Report on horse surra - Volume II, Part I
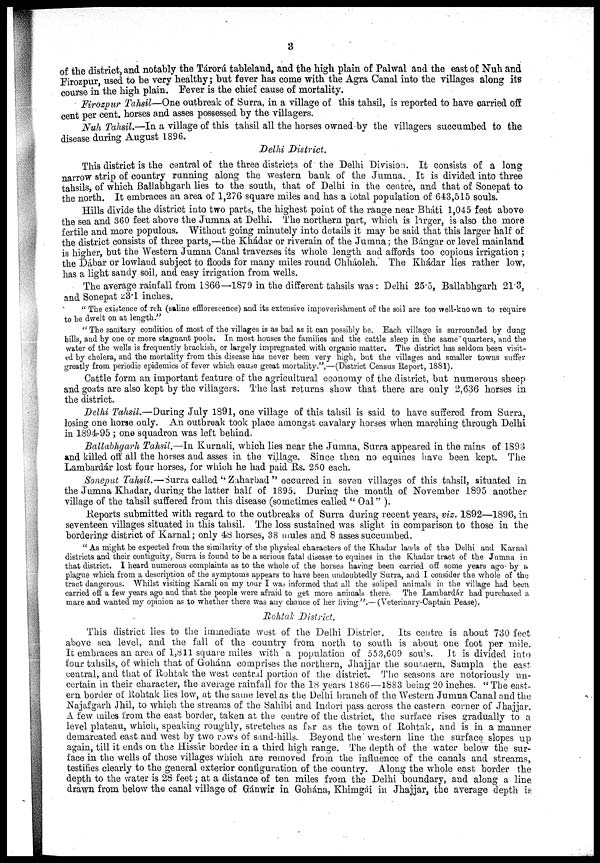
3
of the district, and notably the Tárorú tableland, and the high plain of Palwal and the east of Nuh and
Firozpur, used to be very healthy; but fever has come with the Agra Canal into the villages along its
course in the high plain. Fever is the chief cause of mortality.
Firozpur Tahsil—One outbreak of Surra, in a village of this tahsil, is reported to have carried off
cent per cent. horses and asses possessed by the villagers.
Nuh Tahsil.—In a village of this tahsil all the horses owned by the villagers succumbed to the
disease during August 1896.
Delhi District.
This district is the central of the three districts of the Delhi Division. It consists of a long
narrow strip of country running along the western bank of the Jumna. It is divided into three
tahsils, of which Ballabhgarh lies to the south, that of Delhi in the centre, and that of Sonepat to
the north. It embraces an area of 1,276 square miles and has a total population of 643,515 souls.
Hills divide the district into two parts, the highest point of the range near Bháti 1,045 feet above
the sea and 360 feet above the Jumna at Delhi. The northern part, which is larger, is also the more
fertile and more populous. Without going minutely into details it may be said that this larger half of
the district consists of three parts,—the Khádar or riverain of the Jumna; the Bángar or level mainland
is higher, but the Western Jumna Canal traverses its whole length and affords too copious irrigation ;
the Dábar or lowland subject to floods for many miles round Chháoleh." The Khádar lies rather low,
has a light sandy soil, and easy irrigation from wells.
The average rainfall from 1866—1879 in the different tahsils was : Delhi 25.5, Ballabhgarh 213,
and Sonepat 23.1 inches.
" The existence of reh (saline efflorescence) and its extensive impoverishment of the soil are too well-known to require
to be dwelt on at length."
" The sanitary condition of most of the villages is as bad as it can possibly be. Each village is surrounded by dung
hills, and by one or more stagnant pools. In most houses the families and the cattle sleep in the same quarters, and the
water of the wells is frequently brackish, or largely impregnated with organic matter. The district has seldom been visit-
ed by cholera, and the mortality from this disease has never been very high, but the villages and smaller towns suffer
greatly from periodic epidemics of fever which cause great mortality.",—(District Census Report, 1881).
Cattle form an important feature of the agricultural economy of the district, but numerous sheep
and goats are also kept by the villagers. The last returns show that there are only 2,636 horses in
the district.
Delhi Tahsil.—During July 1891, one village of this tahsil is said to have suffered from Surra,
losing one horse only. An outbreak took place amongst cavalary horses when marching through Delhi
in 1894-95 ; one squadron was left behind.
Ballabhgarh Tahsil.—In Kurnali, which lies near the Jumna, Surra appeared in the rains of 1893
and killed off all the horses and asses in the village. Since then no equines have been kept. The
Lambardár lost four horses, for which he had paid Rs. 250 each.
Soneput Tahsil.—Surra called " Zaharbad " occurred in seven villages of this tahsil, situated in
the Jumna Khadar, during the latter half of 1895. During the month of November 1895 another
village of the tahsil suffered from this disease (sometimes called " Oal" ).
Reports submitted with regard to the outbreaks of Surra during recent years, viz. 1892—1896, in
seventeen villages situated in this tahsil. The loss sustained was slight in comparison to those in the
bordering district of Karnal ; only 48 horses, 38 mules and 8 asses succumbed.
" As might be expected from the similarity of the physical characters of: the Khadar lands of the Delhi and Karnal
districts and their contiguity, Surra is found to be a serious fatal disease to equines in the Khadar tract of the Jumna in
that district. I heard numerous complaints as to the whole of the horses having been carried off: some years ago by a
plague which from a description of the symptoms appears to have been undoubtedly Surra, and I consider the whole of the
tract dangerous. Whilst visiting Karali on my tour I was informed that all the soliped animals in the village had been
carried off a few years ago and that the people were afraid to get more animals there. The Lambardár had purchased a
mare and wanted my opinion as to whether there was any chance of her living".— (Veterinary-Captain Pease).
Rohtak District.
This district lies to the immediate west of the Delhi District. Its centre is about 730 feet
above sea level, and the fall of the country from north to south is about one foot per mile.
It embraces an area of 1,811 square miles with a population of 553,609 souls. It is divided into
four tahsils, of which that of Gohána comprises the northern, Jhajjar the southern, Sampla the east
central, and that of Rohtak the west central portion of the district. The seasons are notoriously un-
certain in their character, the average rainfall for the 18 years 1866 —1883 being 20 inches. "The east-
ern border of Rohtak lies low, at the same level as the Delhi branch of the Western Jumna Canal and the
Najafgarh Jhil, to which the streams of the Sahibi and Indori pass across the eastern corner of Jhajjar.
A few miles from the east border, taken at the centre of the district, the surface rises gradually to a
level plateau, which, speaking roughly, stretches as far as the town of Rohtak, and is in a manner
demarcated east and west by two rows of sand-hills. Beyond the western line the surface slopes up
again, till it ends on the Hissár border in a third high range. The depth of the water below the sur-
face in the wells of those villages which are removed from the influence of the canals and streams,
testifies clearly to the general exterior configuration of the country. Along the whole east border the
depth to the water is 28 feet ; at a distance of ten miles from the Delhi boundary, and along a line
drawn from below the canal village of Gánwir in Gohána, Khimgái in Jhajjar, the average depth is